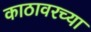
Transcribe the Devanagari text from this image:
काठावरच्या